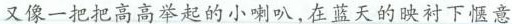
又像一把把高高举起的小喇叭,在蓝天的映衬下惬意